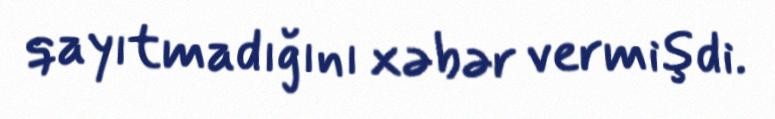
qayıtmadığını xəbər vermişdi.